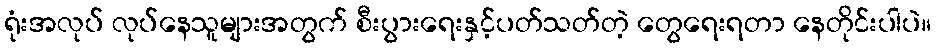
ရုံးအလုပ် လုပ်နေသူများအတွက် စီးပွားရေးနှင့်ပတ်သတ်တဲ့ တွေရေးရတာ နေတိုင်းပါပဲ။